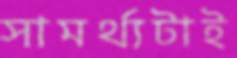
সামর্থ্যটাই